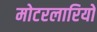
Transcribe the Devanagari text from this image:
मोटरलारियों